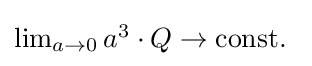
{\textstyle \lim _{a\to 0}{a^{3}\cdot Q}\to {\text{const. }}}